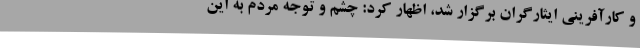
و کارآفرینی ایثارگران برگزار شد، اظهار کرد: چشم و توجه مردم به این